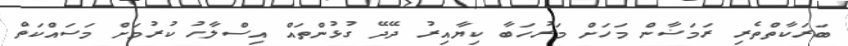
ބަރަކާތްތެރި ރަމަޟާން މަހަށް މަރުހަބާ ކިޔާއިރު ދޭދޭ ގުޅުންތައް އިސްލާހު ކުރުމަށް މަސައްކަތް